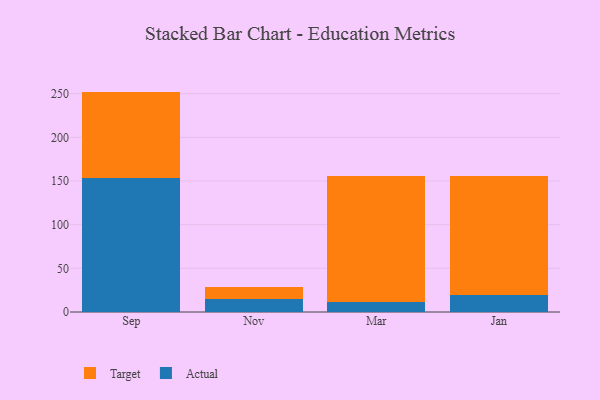
{"axis": {"x": "Month", "y": "Temperature (°C)"}, "legend": ["Actual", "Target"], "data": [{"x": "Sep", "y": 153.5, "type": "Actual"}, {"x": "Sep", "y": 98.9, "type": "Target"}, {"x": "Nov", "y": 14.7, "type": "Actual"}, {"x": "Nov", "y": 14.0, "type": "Target"}, {"x": "Mar", "y": 11.0, "type": "Actual"}, {"x": "Mar", "y": 145.2, "type": "Target"}, {"x": "Jan", "y": 19.4, "type": "Actual"}, {"x": "Jan", "y": 136.4, "type": "Target"}]}